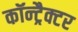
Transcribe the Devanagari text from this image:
कॉन्ट्रैक्टर